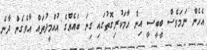
އެހެން ނަމަވެސް ބީބީސީ އިން ހާމަކުރިގޮތުގައި ގިނަ ބައެއްގެ އުއްމީދުތައް އާވެގެން ދާނެ